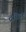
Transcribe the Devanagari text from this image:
द्रविड़र